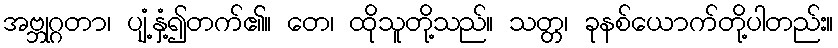
အဗ္ဘုဂ္ဂတာ၊ ပျံ့နှံ့၍တက်၏။ တေ၊ ထိုသူတို့သည်။ သတ္တ၊ ခုနစ်ယောက်တို့ပါတည်း။